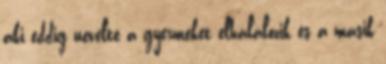
aki eddig nevelte a gyermeket elhalálozik és a másik